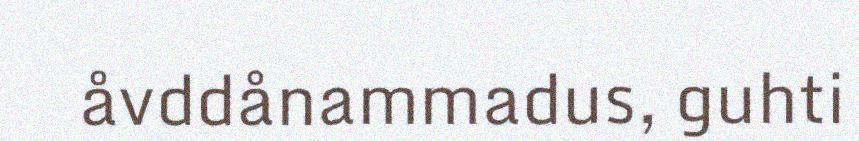
åvddånammadus, guhti